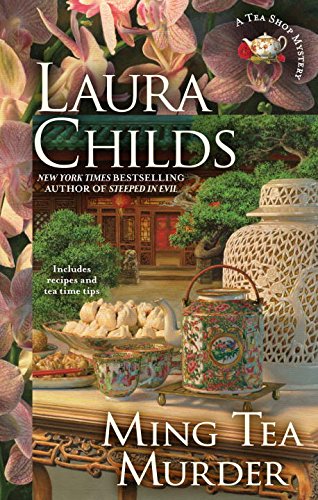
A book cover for Ming Tea Murder: Tea Shop Mysteries; Laura Childs; Mystery, Thriller & Suspense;